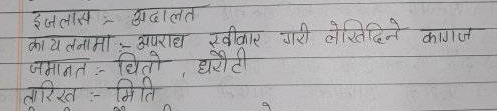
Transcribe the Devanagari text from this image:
इजलास अदालत
कायलनामा अपराध स्वीकार गरी लेखिदिने कागज
जमानत - धितो, धरौटी
तारित :- मिति